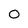
Character: 0